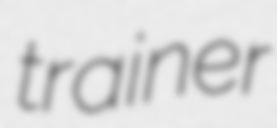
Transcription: trainer